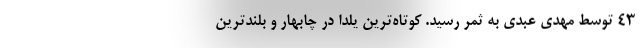
۴۳ توسط مهدی عبدی به ثمر رسید. کوتاه‌ترین یلدا در چابهار و بلندترین